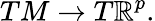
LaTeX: TM\to T\mathbb{R}^{p}.